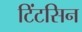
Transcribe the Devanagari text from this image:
टिंटसिन